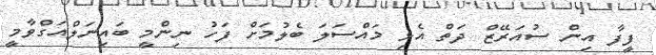
ފީފާ އިން ސުއަރޭޒް ދަތް އެޅި މައްސަލަ ބެލުމަށް ފަހު ނިންމީ ބައިނަލްއަގްވާމީ